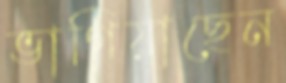
ভাগিয়াছেন